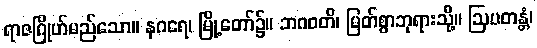
ရာဇဂြိုဟ်မည်သော။ နဂရေ၊ မြို့တော်၌။ ဘဂဝတိ၊ မြတ်စွာဘုရားသို့။ ဩပတန္တံ၊